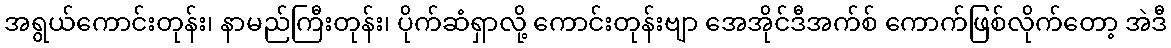
အရွယ်ကောင်းတုန်း၊ နာမည်ကြီးတုန်း၊ ပိုက်ဆံရှာလို့ ကောင်းတုန်းဗျာ အေအိုင်ဒီအက်စ် ကောက်ဖြစ်လိုက်တော့ အဲဒီ